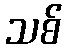
သစ်